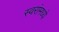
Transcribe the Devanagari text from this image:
स्वरांमध्ये